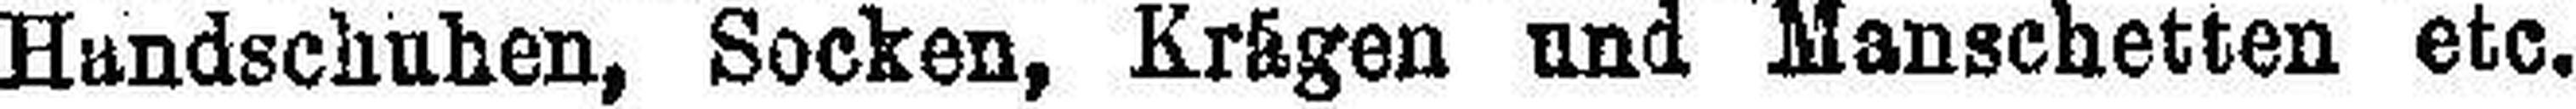
Handschuhen, Socken, Krägen und Manschetten etc.